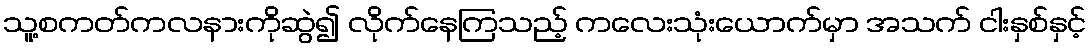
သူ့စကတ်ကလနားကိုဆွဲ၍ လိုက်နေကြသည့် ကလေးသုံးယောက်မှာ အသက် ငါးနှစ်နှင့်